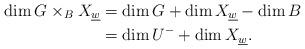
LaTeX: \begin{align*}\dim G\times_B X_{\underline{w}} &= \dim G + \dim X_{\underline{w}} - \dim B \\ &= \dim U^- + \dim X_{\underline{w}}.\end{align*}